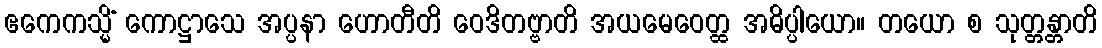
ဧကေကသ္မိံ ကောဋ္ဌာသေ အပ္ပနာ ဟောတီတိ ဝေဒိတဗ္ဗာတိ အယမေဝေတ္ထ အဓိပ္ပါယော။ တယော စ သုတ္တန္တာတိ